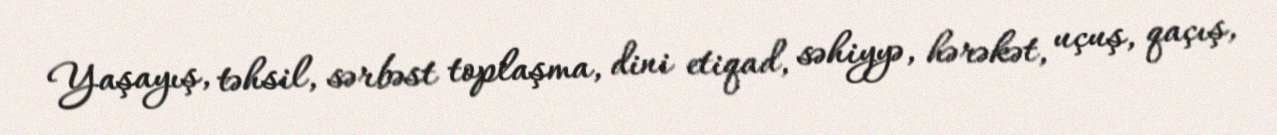
Yaşayış, təhsil, sərbəst toplaşma, dini etiqad, səhiyyə, hərəkət, uçuş, qaçış,